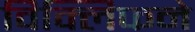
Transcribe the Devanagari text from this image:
विक्लिफने